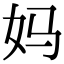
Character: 妈